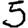
Digit: 5